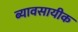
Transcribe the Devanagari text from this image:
ब्यावसायीक